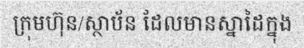
ក្រុមហ៊ុន/ស្ថាប័ន ដែលមានស្នាដៃក្នុង